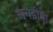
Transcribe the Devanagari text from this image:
रानडीया